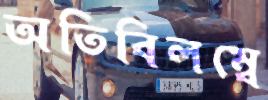
অতিবিলম্বে